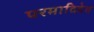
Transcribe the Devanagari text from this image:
परमादिदेव